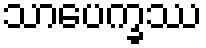
သာပေက္ခဿ